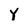
Character: Y